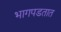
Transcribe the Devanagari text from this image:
भागपडतात